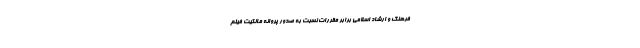
فرهنگ و ارشاد اسلامی برابر مقررات نسبت به صدور پروانه مالکیت فیلم